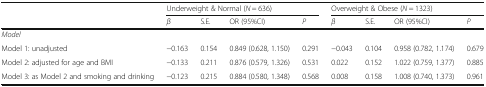
<table><thead><tr><td rowspan="2"></td><td colspan="4"><b>Underweight &amp; Normal (<i>N</i> = 636)</b></td><td colspan="4"><b>Overweight &amp; Obese (<i>N</i> = 1323)</b></td></tr><tr><td><b><i>β</i></b></td><td><b>S.E.</b></td><td><b>OR (95%CI)</b></td><td><b><i>P</i></b></td><td><b><i>β</i></b></td><td><b>S.E.</b></td><td><b>OR (95%CI)</b></td><td><b><i>P</i></b></td></tr></thead><tbody><tr><td colspan="9"><i>Model</i></td></tr><tr><td>Model 1: unadjusted</td><td>−0.163</td><td>0.154</td><td>0.849 (0.628, 1.150)</td><td>0.291</td><td>−0.043</td><td>0.104</td><td>0.958 (0.782, 1.174)</td><td>0.679</td></tr><tr><td>Model 2: adjusted for age and BMI</td><td>−0.133</td><td>0.211</td><td>0.876 (0.579, 1.326)</td><td>0.531</td><td>0.022</td><td>0.152</td><td>1.022 (0.759, 1.377)</td><td>0.885</td></tr><tr><td>Model 3: as Model 2 and smoking and drinking</td><td>−0.123</td><td>0.215</td><td>0.884 (0.580, 1.348)</td><td>0.568</td><td>0.008</td><td>0.158</td><td>1.008 (0.740, 1.373)</td><td>0.961</td></tr></tbody></table>